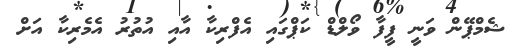
ޝެމްޕޭން ވަނީ ފީފާ ވޯލްޑް ކަޕްގައި އެފްރިކާ އާއި އުތުރު އެމެރިކާ އަށް